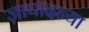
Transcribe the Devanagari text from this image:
ज़ापादन्या